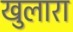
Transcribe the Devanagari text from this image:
खुलारा